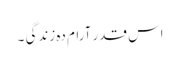
اس قدر آرام دہ زندگی ۔